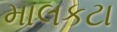
માલકટા